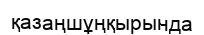
қазаңшұңқырында